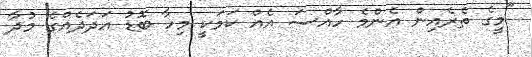
"މީގެ ތެރެއިން އެންމެ ހާއްސަ އެއް ކަމަކީ މިހާ ބޮޑު އަދަދެއްގެ މުދާ